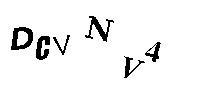
DCVNV4